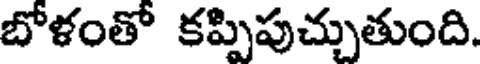
బోళంతో కప్పిపుచ్చుతుంది.